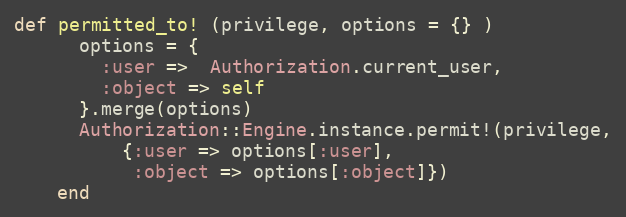
Language: Ruby
def permitted_to! (privilege, options = {} )
      options = {
        :user =>  Authorization.current_user,
        :object => self
      }.merge(options)
      Authorization::Engine.instance.permit!(privilege,
          {:user => options[:user],
           :object => options[:object]})
    end